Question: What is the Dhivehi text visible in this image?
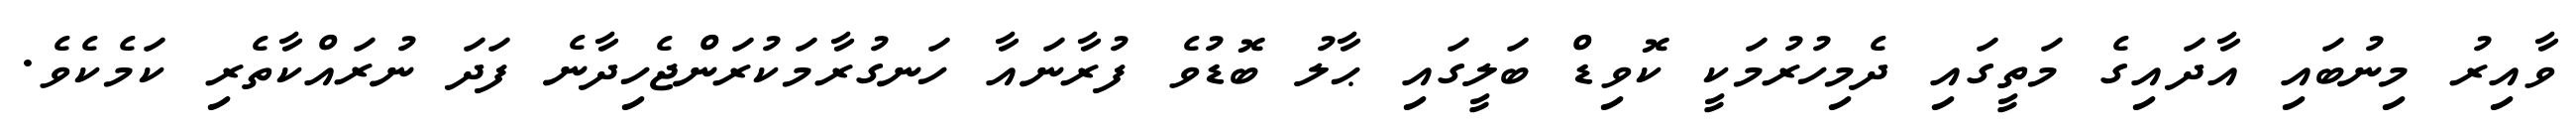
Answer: ވާއިރު މިނުބައި އާދައިގެ މަތީގައި ދެމިހުރުމަކީ ކޮވިޑް ބަލީގައި ޙާލު ބޮޑުވެ ފުރާނައާ ހަނގުރާމަކުރަންޖެހިދާނެ ފަދަ ނުރައްކާތެރި ކަމެކެވެ.